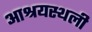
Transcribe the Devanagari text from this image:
आश्रयस्थली